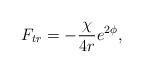
LaTeX: \begin{align*}F_{tr}=-\frac{\chi}{4r}e^{2 \phi},\end{align*}